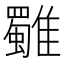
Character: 𩁍